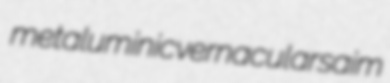
metaluminic vernacular saim